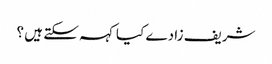
شریف زادے کیا کہہ سکتے ہیں ؟